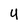
Character: u